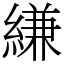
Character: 縑